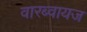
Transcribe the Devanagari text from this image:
वारब्वायज